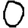
Digit: 0